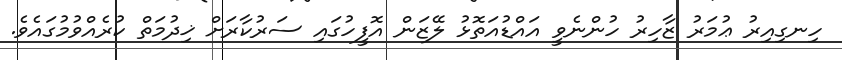
ހިނގިއިރު ޢުމަރު ޒާހިރު ހުންނެވީ އައްޑުއަތޮޅު ލޭޒަން އޮފީހުގައި ސަރުކާރަށް ޚިދުމަތް ކުރެއްވުމުގައެވެ.